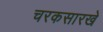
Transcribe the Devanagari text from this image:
चरकसारखे